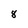
Character: 8